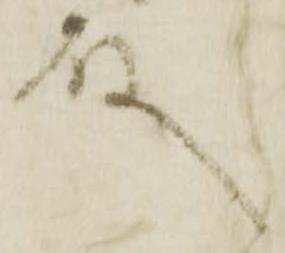
殿